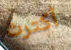
أكترث